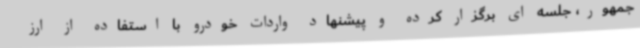
جمهور، جلسه ای برگزار کرده و پیشنهاد واردات خودرو با استفاده از ارز